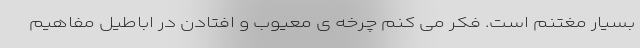
بسیار مغتنم است. فکر می کنم چرخه ی معیوب و افتادن در اباطیل مفاهیم